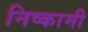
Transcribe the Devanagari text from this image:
निष्कामी